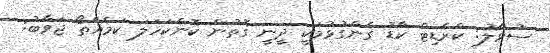
ސުވާލު: ކްރެޑިޓް ކާޑު ގެންގުޅުމަކީ ދީނީ ގޮތުން ކޮންކަހަލަ ކަމެއްތޯ ޖަވާބު: